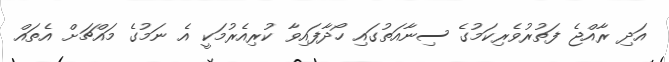
އަދި ރާއްޖެ ފަތުރުވެރިކަމުގެ ސިނާއަތުގައި ހޯދާފައިވާ ކުރިއެރުމަކީ އެ ނަމުގެ މައްޗަށް އެތައް